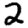
Digit: 2